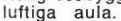
luftiga aula.